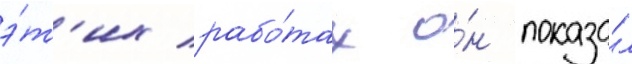
э́т'их рабо́тах о́н показа́л